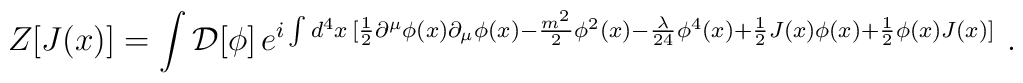
Z[J(x)]=\int {\mathcal D}[\phi]\,e^{ i \int  d^4x \, [\frac{1}{2} \partial^{\mu}\phi(x)\partial_{\mu}\phi(x)-\frac{m^2}{2} \phi^2(x) - \frac{\lambda}{24}\phi^4(x)+\frac{1}{2} J(x)\phi(x)+ \frac{1}{2} \phi(x)J(x)]}~.